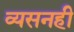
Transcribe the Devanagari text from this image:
व्यसनही